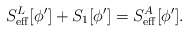
\begin{align*}S^L_{\rm eff}[\phi^\prime]+S_1[\phi^\prime]=S^A_{\rm eff}[\phi^\prime].\end{align*}